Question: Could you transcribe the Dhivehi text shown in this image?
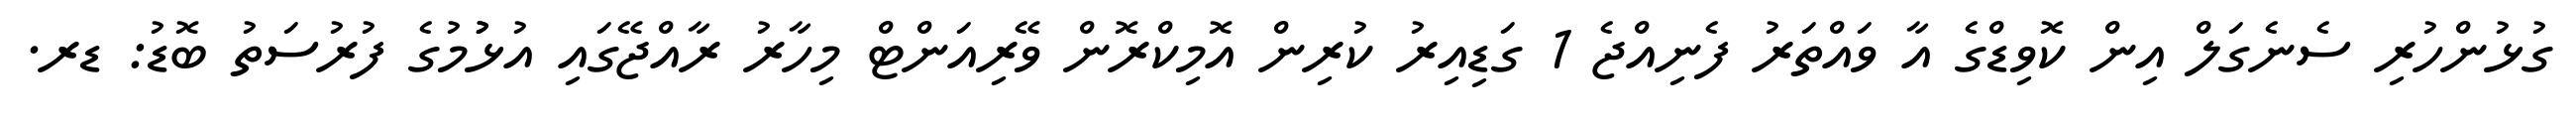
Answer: ގުޅުންހުރި ސެނެގަލް އިން ކޮވިޑްގެ އާ ވައްތަރު ފެނިއްޖެ 1 ގަޑިއިރު ކުރިން އޮމިކްރޮން ވޭރިއަންޓް މިހާރު ރާއްޖޭގައި އުޅުުމުގެ ފުރުސަތު ބޮޑު: ޑރ.